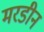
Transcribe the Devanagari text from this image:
मरडीन